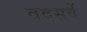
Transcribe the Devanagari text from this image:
वदसवें